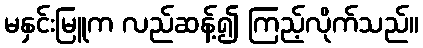
မနှင်းမြူက လည်ဆန့်၍ ကြည့်လိုက်သည်။